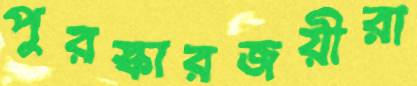
পুরস্কারজয়ীরা